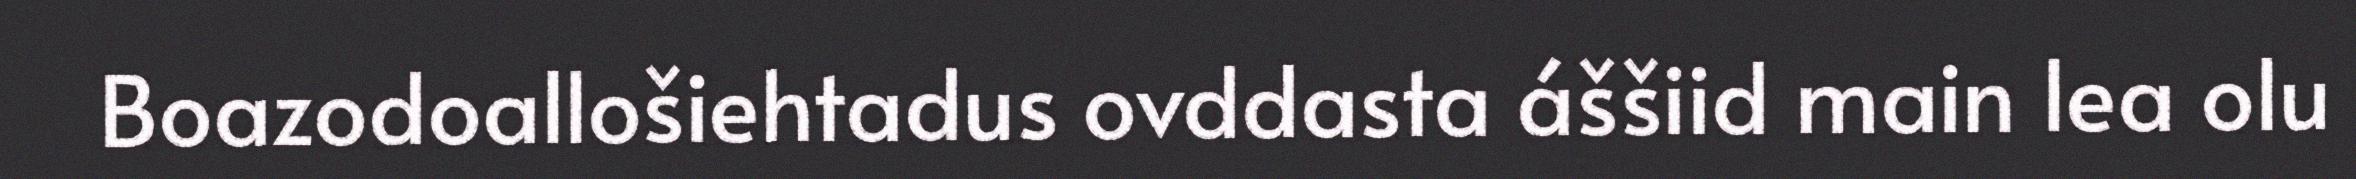
Boazodoallošiehtadus ovddasta áššiid main lea olu